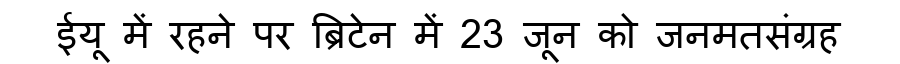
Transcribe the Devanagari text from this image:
ईयू में रहने पर ब्रिटेन में 23 जून को जनमतसंग्रह